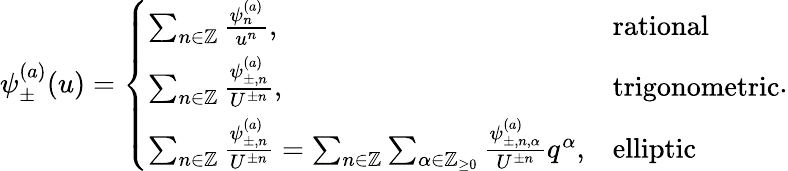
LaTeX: \psi_{\pm}^{(a)}(u)=\left\{ \begin{array}{ll}{\sum_{n\in\mathbb{Z}}\frac{\psi_{n}^{(a)}}{u^{n}},}&{\mathrm{rational}}\\ {\sum_{n\in\mathbb{Z}}\frac{\psi_{\pm,n}^{(a)}}{U^{\pm n}},}&{\mathrm{trigonometric}}\\ {\sum_{n\in\mathbb{Z}}\frac{\psi_{\pm,n}^{(a)}}{U^{\pm n}}=\sum_{n\in\mathbb{Z}}\sum_{\alpha\in\mathbb{Z}_{\geq 0}}\frac{\psi_{\pm,n,\alpha}^{(a)}}{U^{\pm n}}q^{\alpha},}&{\mathrm{elliptic}}\end{array}\right..